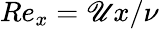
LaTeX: {Re}_{x}=\mathscr{U}x/\nu